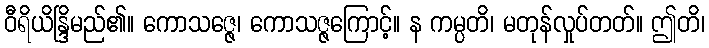
ဝီရိယိန္ဒြိမည်၏။ ကောသဇ္ဇေ၊ ကောသဇ္ဇကြောင့်။ န ကမ္ပတိ၊ မတုန်လှုပ်တတ်။ ဤတိ၊